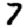
Digit: 7